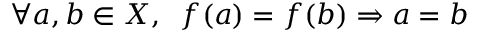
\forall a , b \in X , \; \; f ( a ) = f ( b ) \Rightarrow a = b